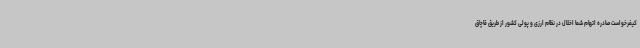
کیفرخواست صادره اتهام شما اخلال در نظام ارزی و پولی کشور از طریق قاچاق